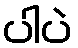
ပါပဲ